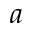
a